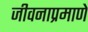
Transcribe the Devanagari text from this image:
जीवनाप्रमाणे